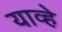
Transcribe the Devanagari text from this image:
याव्‍हे